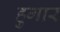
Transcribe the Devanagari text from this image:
हुगार